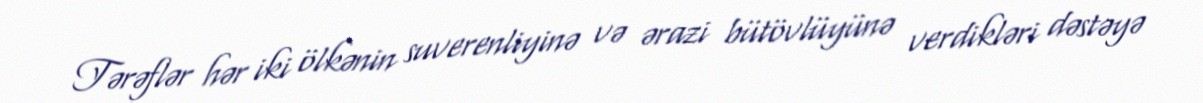
Tərəflər hər iki ölkənin suverenliyinə və ərazi bütövlüyünə verdikləri dəstəyə